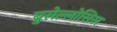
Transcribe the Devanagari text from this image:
ब्रुसेल्लोसिस